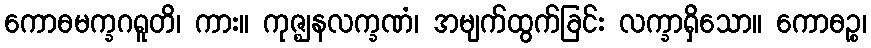
ကောဓမက္ခဂရူတိ၊ ကား။ ကုဇ္ဈနလက္ခဏံ၊ အမျက်ထွက်ခြင်း လက္ခာရှိသော။ ကောဓဉ္စ၊